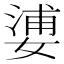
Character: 㜑